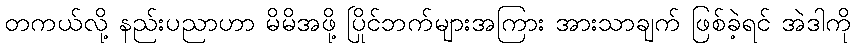
တကယ်လို့ နည်းပညာဟာ မိမိအဖို့ ပြိုင်ဘက်များအကြား အားသာချက် ဖြစ်ခဲ့ရင် အဲဒါကို